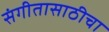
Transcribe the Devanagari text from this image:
संगीतासाठीचा